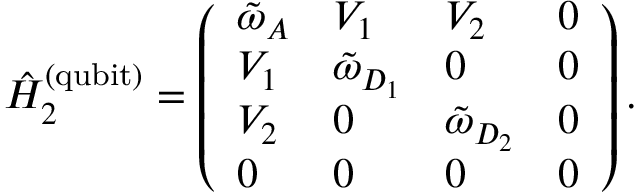
\hat { H } _ { 2 } ^ { \mathrm { ( q u b i t ) } } = \left( \begin{array} { l l l l } { \tilde { \omega } _ { A } } & { V _ { 1 } } & { V _ { 2 } } & { 0 } \\ { V _ { 1 } } & { \tilde { \omega } _ { D _ { 1 } } } & { 0 } & { 0 } \\ { V _ { 2 } } & { 0 } & { \tilde { \omega } _ { D _ { 2 } } } & { 0 } \\ { 0 } & { 0 } & { 0 } & { 0 } \end{array} \right) .